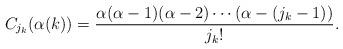
LaTeX: \begin{align*}C_{j_k}(\alpha(k))=\frac{\alpha(\alpha-1)(\alpha-2)\cdots (\alpha-(j_k-1))}{j_k!}. \end{align*}